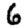
Digit: 6